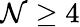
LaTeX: \mathcal{N}\geq4